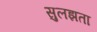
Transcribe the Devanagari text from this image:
सुलझता